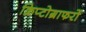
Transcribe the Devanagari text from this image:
क्रिप्टोग्राफरों